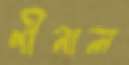
পীনাল